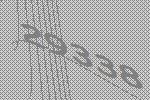
29338